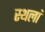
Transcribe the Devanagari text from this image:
स्थलां